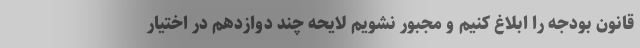
قانون بودجه را ابلاغ کنیم و مجبور نشویم لایحه چند دوازدهم در اختیار